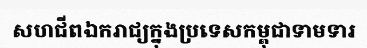
សហជីពឯករាជ្យក្នុងប្រទេសកម្ពុជាទាមទារ